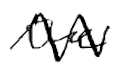
Text: the
Cross-out: zig-zag
Writing tool: digital_black